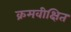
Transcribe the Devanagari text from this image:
क्रमवीक्षित